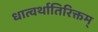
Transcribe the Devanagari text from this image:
धात्वर्थातिरिक्तम्